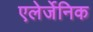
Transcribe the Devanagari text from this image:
एलेर्जेनिक